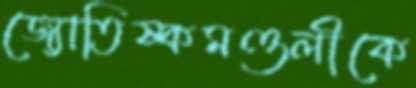
জ্যোতিষ্কমণ্ডলীকে